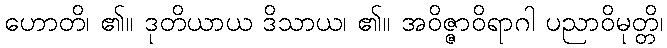
ဟောတိ၊ ၏။ ဒုတိယာယ ဒိသာယ၊ ၏။ အဝိဇ္ဇာဝိရာဂါ ပညာဝိမုတ္တိ၊